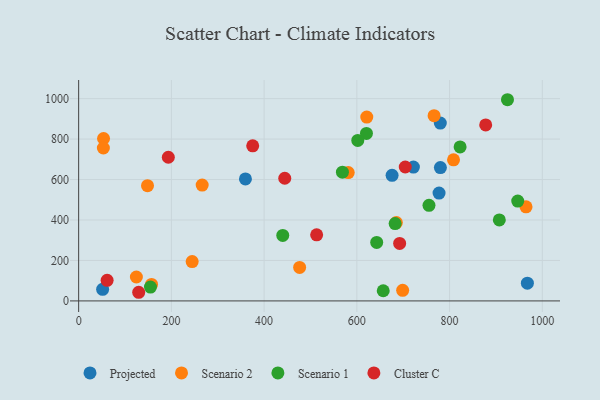
{"axis": {"x": "Engine Size", "y": "Demand"}, "legend": ["Cluster C", "Projected", "Scenario 1", "Scenario 2"], "data": [{"x": "967.8", "y": 87.6, "type": "Projected"}, {"x": "780.0", "y": 879.4, "type": "Projected"}, {"x": "359.7", "y": 603.1, "type": "Projected"}, {"x": "777.3", "y": 532.9, "type": "Projected"}, {"x": "722.0", "y": 661.6, "type": "Projected"}, {"x": "676.0", "y": 620.7, "type": "Projected"}, {"x": "51.7", "y": 57.4, "type": "Projected"}, {"x": "780.2", "y": 659.1, "type": "Projected"}, {"x": "53.7", "y": 803.0, "type": "Scenario 2"}, {"x": "621.4", "y": 908.8, "type": "Scenario 2"}, {"x": "964.9", "y": 464.9, "type": "Scenario 2"}, {"x": "685.2", "y": 387.2, "type": "Scenario 2"}, {"x": "148.5", "y": 569.9, "type": "Scenario 2"}, {"x": "766.6", "y": 915.8, "type": "Scenario 2"}, {"x": "698.8", "y": 52.1, "type": "Scenario 2"}, {"x": "124.5", "y": 118.1, "type": "Scenario 2"}, {"x": "157.2", "y": 81.3, "type": "Scenario 2"}, {"x": "476.6", "y": 165.5, "type": "Scenario 2"}, {"x": "581.4", "y": 634.7, "type": "Scenario 2"}, {"x": "808.5", "y": 697.5, "type": "Scenario 2"}, {"x": "244.8", "y": 194.6, "type": "Scenario 2"}, {"x": "53.3", "y": 755.9, "type": "Scenario 2"}, {"x": "266.4", "y": 572.5, "type": "Scenario 2"}, {"x": "620.7", "y": 827.8, "type": "Scenario 1"}, {"x": "602.0", "y": 793.5, "type": "Scenario 1"}, {"x": "154.9", "y": 68.3, "type": "Scenario 1"}, {"x": "682.6", "y": 382.2, "type": "Scenario 1"}, {"x": "924.9", "y": 994.6, "type": "Scenario 1"}, {"x": "440.2", "y": 323.8, "type": "Scenario 1"}, {"x": "947.0", "y": 493.4, "type": "Scenario 1"}, {"x": "656.9", "y": 50.2, "type": "Scenario 1"}, {"x": "568.9", "y": 636.4, "type": "Scenario 1"}, {"x": "822.7", "y": 761.3, "type": "Scenario 1"}, {"x": "755.6", "y": 472.4, "type": "Scenario 1"}, {"x": "642.8", "y": 289.1, "type": "Scenario 1"}, {"x": "907.3", "y": 400.3, "type": "Scenario 1"}, {"x": "877.9", "y": 870.2, "type": "Cluster C"}, {"x": "704.4", "y": 662.0, "type": "Cluster C"}, {"x": "444.5", "y": 606.4, "type": "Cluster C"}, {"x": "513.3", "y": 326.8, "type": "Cluster C"}, {"x": "61.4", "y": 102.0, "type": "Cluster C"}, {"x": "129.5", "y": 42.7, "type": "Cluster C"}, {"x": "193.4", "y": 710.2, "type": "Cluster C"}, {"x": "692.3", "y": 284.3, "type": "Cluster C"}, {"x": "375.4", "y": 766.5, "type": "Cluster C"}]}